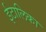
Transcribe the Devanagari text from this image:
ईटालिका